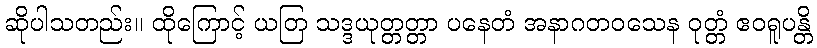
ဆိုပါသတည်း။ ထိုကြောင့် ယတြ သဒ္ဒယုတ္တတ္တာ ပနေတံ အနာဂတဝသေန ဝုတ္တံ ဧဝရူပန္တိ